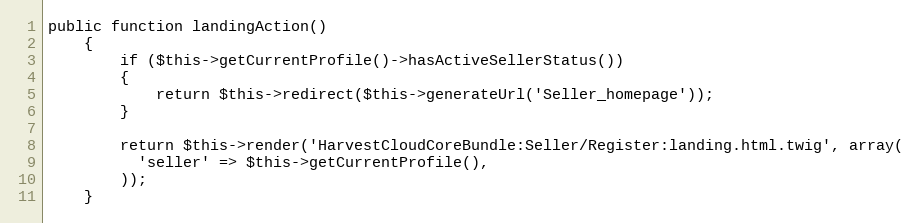
Language: PHP
public function landingAction()
    {
        if ($this->getCurrentProfile()->hasActiveSellerStatus())
        {
            return $this->redirect($this->generateUrl('Seller_homepage'));
        }

        return $this->render('HarvestCloudCoreBundle:Seller/Register:landing.html.twig', array(
          'seller' => $this->getCurrentProfile(),
        ));
    }